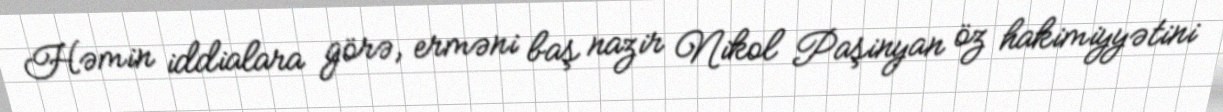
Həmin iddialara görə, erməni baş nazir Nikol Paşinyan öz hakimiyyətini